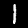
Digit: 1